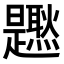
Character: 𤓐